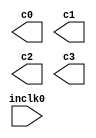
// megafunction wizard: %ALTPLL%VBB%
// GENERATION: STANDARD
// VERSION: WM1.0
// MODULE: altpll 

// ============================================================
// Megafunction Name(s):
// 			altpll
//
// Simulation Library Files(s):
// 			altera_mf
// ============================================================
// ************************************************************
// THIS IS A WIZARD-GENERATED FILE. DO NOT EDIT THIS FILE!
//
// 9.0 Build 132 02/25/2009 SJ Full Version
// ************************************************************

//Copyright (C) 1991-2009 Altera Corporation
//Your use of Altera Corporation's design tools, logic functions 
//and other software and tools, and its AMPP partner logic 
//functions, and any output files from any of the foregoing 
//(including device programming or simulation files), and any 
//associated documentation or information are expressly subject 
//to the terms and conditions of the Altera Program License 
//Subscription Agreement, Altera MegaCore Function License 
//Agreement, or other applicable license agreement, including, 
//without limitation, that your use is for the sole purpose of 
//programming logic devices manufactured by Altera and sold by 
//Altera or its authorized distributors.  Please refer to the 
//applicable agreement for further details.

module PLL_SYS (
	inclk0,
	c0,
	c1,
	c2,
	c3);

	input	  inclk0;
	output	  c0;
	output	  c1;
	output	  c2;
	output	  c3;

endmodule

// ============================================================
// CNX file retrieval info
// ============================================================
// Retrieval info: PRIVATE: ACTIVECLK_CHECK STRING "0"
// Retrieval info: PRIVATE: BANDWIDTH STRING "1.000"
// Retrieval info: PRIVATE: BANDWIDTH_FEATURE_ENABLED STRING "1"
// Retrieval info: PRIVATE: BANDWIDTH_FREQ_UNIT STRING "MHz"
// Retrieval info: PRIVATE: BANDWIDTH_PRESET STRING "Low"
// Retrieval info: PRIVATE: BANDWIDTH_USE_AUTO STRING "1"
// Retrieval info: PRIVATE: BANDWIDTH_USE_CUSTOM STRING "0"
// Retrieval info: PRIVATE: BANDWIDTH_USE_PRESET STRING "0"
// Retrieval info: PRIVATE: CLKBAD_SWITCHOVER_CHECK STRING "0"
// Retrieval info: PRIVATE: CLKLOSS_CHECK STRING "0"
// Retrieval info: PRIVATE: CLKSWITCH_CHECK STRING "0"
// Retrieval info: PRIVATE: CNX_NO_COMPENSATE_RADIO STRING "0"
// Retrieval info: PRIVATE: CREATE_CLKBAD_CHECK STRING "0"
// Retrieval info: PRIVATE: CREATE_INCLK1_CHECK STRING "0"
// Retrieval info: PRIVATE: CUR_DEDICATED_CLK STRING "c0"
// Retrieval info: PRIVATE: CUR_FBIN_CLK STRING "c0"
// Retrieval info: PRIVATE: DEVICE_SPEED_GRADE STRING "4"
// Retrieval info: PRIVATE: DIV_FACTOR0 NUMERIC "3"
// Retrieval info: PRIVATE: DIV_FACTOR1 NUMERIC "1"
// Retrieval info: PRIVATE: DIV_FACTOR2 NUMERIC "1"
// Retrieval info: PRIVATE: DIV_FACTOR3 NUMERIC "1"
// Retrieval info: PRIVATE: DUTY_CYCLE0 STRING "50.00000000"
// Retrieval info: PRIVATE: DUTY_CYCLE1 STRING "50.00000000"
// Retrieval info: PRIVATE: DUTY_CYCLE2 STRING "50.00000000"
// Retrieval info: PRIVATE: DUTY_CYCLE3 STRING "50.00000000"
// Retrieval info: PRIVATE: EFF_OUTPUT_FREQ_VALUE0 STRING "100.000000"
// Retrieval info: PRIVATE: EFF_OUTPUT_FREQ_VALUE1 STRING "100.000000"
// Retrieval info: PRIVATE: EFF_OUTPUT_FREQ_VALUE2 STRING "100.000000"
// Retrieval info: PRIVATE: EFF_OUTPUT_FREQ_VALUE3 STRING "100.000000"
// Retrieval info: PRIVATE: EXPLICIT_SWITCHOVER_COUNTER STRING "0"
// Retrieval info: PRIVATE: EXT_FEEDBACK_RADIO STRING "0"
// Retrieval info: PRIVATE: GLOCKED_COUNTER_EDIT_CHANGED STRING "1"
// Retrieval info: PRIVATE: GLOCKED_FEATURE_ENABLED STRING "1"
// Retrieval info: PRIVATE: GLOCKED_MODE_CHECK STRING "0"
// Retrieval info: PRIVATE: GLOCK_COUNTER_EDIT NUMERIC "1048575"
// Retrieval info: PRIVATE: HAS_MANUAL_SWITCHOVER STRING "1"
// Retrieval info: PRIVATE: INCLK0_FREQ_EDIT STRING "50.000"
// Retrieval info: PRIVATE: INCLK0_FREQ_UNIT_COMBO STRING "MHz"
// Retrieval info: PRIVATE: INCLK1_FREQ_EDIT STRING "100.000"
// Retrieval info: PRIVATE: INCLK1_FREQ_EDIT_CHANGED STRING "1"
// Retrieval info: PRIVATE: INCLK1_FREQ_UNIT_CHANGED STRING "1"
// Retrieval info: PRIVATE: INCLK1_FREQ_UNIT_COMBO STRING "MHz"
// Retrieval info: PRIVATE: INTENDED_DEVICE_FAMILY STRING "Stratix II"
// Retrieval info: PRIVATE: INT_FEEDBACK__MODE_RADIO STRING "1"
// Retrieval info: PRIVATE: LOCKED_OUTPUT_CHECK STRING "0"
// Retrieval info: PRIVATE: LONG_SCAN_RADIO STRING "1"
// Retrieval info: PRIVATE: LVDS_MODE_DATA_RATE STRING "150.000"
// Retrieval info: PRIVATE: LVDS_MODE_DATA_RATE_DIRTY NUMERIC "0"
// Retrieval info: PRIVATE: LVDS_PHASE_SHIFT_UNIT0 STRING "deg"
// Retrieval info: PRIVATE: LVDS_PHASE_SHIFT_UNIT1 STRING "ps"
// Retrieval info: PRIVATE: LVDS_PHASE_SHIFT_UNIT2 STRING "ps"
// Retrieval info: PRIVATE: LVDS_PHASE_SHIFT_UNIT3 STRING "ps"
// Retrieval info: PRIVATE: MIG_DEVICE_SPEED_GRADE STRING "Any"
// Retrieval info: PRIVATE: MULT_FACTOR0 NUMERIC "16"
// Retrieval info: PRIVATE: MULT_FACTOR1 NUMERIC "1"
// Retrieval info: PRIVATE: MULT_FACTOR2 NUMERIC "1"
// Retrieval info: PRIVATE: MULT_FACTOR3 NUMERIC "1"
// Retrieval info: PRIVATE: NORMAL_MODE_RADIO STRING "1"
// Retrieval info: PRIVATE: OUTPUT_FREQ0 STRING "100.00000000"
// Retrieval info: PRIVATE: OUTPUT_FREQ1 STRING "100.00000000"
// Retrieval info: PRIVATE: OUTPUT_FREQ2 STRING "100.00000000"
// Retrieval info: PRIVATE: OUTPUT_FREQ3 STRING "100.00000000"
// Retrieval info: PRIVATE: OUTPUT_FREQ_MODE0 STRING "1"
// Retrieval info: PRIVATE: OUTPUT_FREQ_MODE1 STRING "1"
// Retrieval info: PRIVATE: OUTPUT_FREQ_MODE2 STRING "1"
// Retrieval info: PRIVATE: OUTPUT_FREQ_MODE3 STRING "1"
// Retrieval info: PRIVATE: OUTPUT_FREQ_UNIT0 STRING "MHz"
// Retrieval info: PRIVATE: OUTPUT_FREQ_UNIT1 STRING "MHz"
// Retrieval info: PRIVATE: OUTPUT_FREQ_UNIT2 STRING "MHz"
// Retrieval info: PRIVATE: OUTPUT_FREQ_UNIT3 STRING "MHz"
// Retrieval info: PRIVATE: PHASE_RECONFIG_FEATURE_ENABLED STRING "0"
// Retrieval info: PRIVATE: PHASE_RECONFIG_INPUTS_CHECK STRING "0"
// Retrieval info: PRIVATE: PHASE_SHIFT0 STRING "0.00000000"
// Retrieval info: PRIVATE: PHASE_SHIFT1 STRING "0.00000000"
// Retrieval info: PRIVATE: PHASE_SHIFT2 STRING "0.00000000"
// Retrieval info: PRIVATE: PHASE_SHIFT3 STRING "0.00000000"
// Retrieval info: PRIVATE: PHASE_SHIFT_STEP_ENABLED_CHECK STRING "0"
// Retrieval info: PRIVATE: PHASE_SHIFT_UNIT0 STRING "deg"
// Retrieval info: PRIVATE: PHASE_SHIFT_UNIT1 STRING "ps"
// Retrieval info: PRIVATE: PHASE_SHIFT_UNIT2 STRING "ps"
// Retrieval info: PRIVATE: PHASE_SHIFT_UNIT3 STRING "ps"
// Retrieval info: PRIVATE: PLL_ADVANCED_PARAM_CHECK STRING "0"
// Retrieval info: PRIVATE: PLL_ARESET_CHECK STRING "0"
// Retrieval info: PRIVATE: PLL_AUTOPLL_CHECK NUMERIC "0"
// Retrieval info: PRIVATE: PLL_ENA_CHECK STRING "0"
// Retrieval info: PRIVATE: PLL_ENHPLL_CHECK NUMERIC "0"
// Retrieval info: PRIVATE: PLL_FASTPLL_CHECK NUMERIC "1"
// Retrieval info: PRIVATE: PLL_FBMIMIC_CHECK STRING "0"
// Retrieval info: PRIVATE: PLL_LVDS_PLL_CHECK NUMERIC "0"
// Retrieval info: PRIVATE: PLL_PFDENA_CHECK STRING "0"
// Retrieval info: PRIVATE: PLL_TARGET_HARCOPY_CHECK NUMERIC "0"
// Retrieval info: PRIVATE: PRIMARY_CLK_COMBO STRING "inclk0"
// Retrieval info: PRIVATE: RECONFIG_FILE STRING "PLL_SYS.mif"
// Retrieval info: PRIVATE: SACN_INPUTS_CHECK STRING "0"
// Retrieval info: PRIVATE: SCAN_FEATURE_ENABLED STRING "1"
// Retrieval info: PRIVATE: SELF_RESET_LOCK_LOSS STRING "0"
// Retrieval info: PRIVATE: SHORT_SCAN_RADIO STRING "0"
// Retrieval info: PRIVATE: SPREAD_FEATURE_ENABLED STRING "0"
// Retrieval info: PRIVATE: SPREAD_FREQ STRING "50.000"
// Retrieval info: PRIVATE: SPREAD_FREQ_UNIT STRING "KHz"
// Retrieval info: PRIVATE: SPREAD_PERCENT STRING "0.500"
// Retrieval info: PRIVATE: SPREAD_USE STRING "0"
// Retrieval info: PRIVATE: SRC_SYNCH_COMP_RADIO STRING "0"
// Retrieval info: PRIVATE: STICKY_CLK0 STRING "1"
// Retrieval info: PRIVATE: STICKY_CLK1 STRING "1"
// Retrieval info: PRIVATE: STICKY_CLK2 STRING "1"
// Retrieval info: PRIVATE: STICKY_CLK3 STRING "1"
// Retrieval info: PRIVATE: SWITCHOVER_COUNT_EDIT NUMERIC "1"
// Retrieval info: PRIVATE: SWITCHOVER_FEATURE_ENABLED STRING "1"
// Retrieval info: PRIVATE: SYNTH_WRAPPER_GEN_POSTFIX STRING "0"
// Retrieval info: PRIVATE: USE_CLK0 STRING "1"
// Retrieval info: PRIVATE: USE_CLK1 STRING "1"
// Retrieval info: PRIVATE: USE_CLK2 STRING "1"
// Retrieval info: PRIVATE: USE_CLK3 STRING "1"
// Retrieval info: PRIVATE: USE_MIL_SPEED_GRADE NUMERIC "0"
// Retrieval info: PRIVATE: ZERO_DELAY_RADIO STRING "0"
// Retrieval info: LIBRARY: altera_mf altera_mf.altera_mf_components.all
// Retrieval info: CONSTANT: BANDWIDTH_TYPE STRING "AUTO"
// Retrieval info: CONSTANT: CLK0_DIVIDE_BY NUMERIC "1"
// Retrieval info: CONSTANT: CLK0_DUTY_CYCLE NUMERIC "50"
// Retrieval info: CONSTANT: CLK0_MULTIPLY_BY NUMERIC "2"
// Retrieval info: CONSTANT: CLK0_PHASE_SHIFT STRING "0"
// Retrieval info: CONSTANT: CLK1_DIVIDE_BY NUMERIC "1"
// Retrieval info: CONSTANT: CLK1_DUTY_CYCLE NUMERIC "50"
// Retrieval info: CONSTANT: CLK1_MULTIPLY_BY NUMERIC "2"
// Retrieval info: CONSTANT: CLK1_PHASE_SHIFT STRING "0"
// Retrieval info: CONSTANT: CLK2_DIVIDE_BY NUMERIC "1"
// Retrieval info: CONSTANT: CLK2_DUTY_CYCLE NUMERIC "50"
// Retrieval info: CONSTANT: CLK2_MULTIPLY_BY NUMERIC "2"
// Retrieval info: CONSTANT: CLK2_PHASE_SHIFT STRING "0"
// Retrieval info: CONSTANT: CLK3_DIVIDE_BY NUMERIC "1"
// Retrieval info: CONSTANT: CLK3_DUTY_CYCLE NUMERIC "50"
// Retrieval info: CONSTANT: CLK3_MULTIPLY_BY NUMERIC "2"
// Retrieval info: CONSTANT: CLK3_PHASE_SHIFT STRING "0"
// Retrieval info: CONSTANT: COMPENSATE_CLOCK STRING "CLK0"
// Retrieval info: CONSTANT: INCLK0_INPUT_FREQUENCY NUMERIC "20000"
// Retrieval info: CONSTANT: INTENDED_DEVICE_FAMILY STRING "Stratix II"
// Retrieval info: CONSTANT: LPM_TYPE STRING "altpll"
// Retrieval info: CONSTANT: OPERATION_MODE STRING "NORMAL"
// Retrieval info: CONSTANT: PLL_TYPE STRING "Fast"
// Retrieval info: CONSTANT: PORT_ACTIVECLOCK STRING "PORT_UNUSED"
// Retrieval info: CONSTANT: PORT_ARESET STRING "PORT_UNUSED"
// Retrieval info: CONSTANT: PORT_CLKBAD0 STRING "PORT_UNUSED"
// Retrieval info: CONSTANT: PORT_CLKBAD1 STRING "PORT_UNUSED"
// Retrieval info: CONSTANT: PORT_CLKLOSS STRING "PORT_UNUSED"
// Retrieval info: CONSTANT: PORT_CLKSWITCH STRING "PORT_UNUSED"
// Retrieval info: CONSTANT: PORT_CONFIGUPDATE STRING "PORT_UNUSED"
// Retrieval info: CONSTANT: PORT_FBIN STRING "PORT_UNUSED"
// Retrieval info: CONSTANT: PORT_INCLK0 STRING "PORT_USED"
// Retrieval info: CONSTANT: PORT_INCLK1 STRING "PORT_UNUSED"
// Retrieval info: CONSTANT: PORT_LOCKED STRING "PORT_UNUSED"
// Retrieval info: CONSTANT: PORT_PFDENA STRING "PORT_UNUSED"
// Retrieval info: CONSTANT: PORT_PHASECOUNTERSELECT STRING "PORT_UNUSED"
// Retrieval info: CONSTANT: PORT_PHASEDONE STRING "PORT_UNUSED"
// Retrieval info: CONSTANT: PORT_PHASESTEP STRING "PORT_UNUSED"
// Retrieval info: CONSTANT: PORT_PHASEUPDOWN STRING "PORT_UNUSED"
// Retrieval info: CONSTANT: PORT_PLLENA STRING "PORT_UNUSED"
// Retrieval info: CONSTANT: PORT_SCANACLR STRING "PORT_UNUSED"
// Retrieval info: CONSTANT: PORT_SCANCLK STRING "PORT_UNUSED"
// Retrieval info: CONSTANT: PORT_SCANCLKENA STRING "PORT_UNUSED"
// Retrieval info: CONSTANT: PORT_SCANDATA STRING "PORT_UNUSED"
// Retrieval info: CONSTANT: PORT_SCANDATAOUT STRING "PORT_UNUSED"
// Retrieval info: CONSTANT: PORT_SCANDONE STRING "PORT_UNUSED"
// Retrieval info: CONSTANT: PORT_SCANREAD STRING "PORT_UNUSED"
// Retrieval info: CONSTANT: PORT_SCANWRITE STRING "PORT_UNUSED"
// Retrieval info: CONSTANT: PORT_clk0 STRING "PORT_USED"
// Retrieval info: CONSTANT: PORT_clk1 STRING "PORT_USED"
// Retrieval info: CONSTANT: PORT_clk2 STRING "PORT_USED"
// Retrieval info: CONSTANT: PORT_clk3 STRING "PORT_USED"
// Retrieval info: CONSTANT: PORT_clk4 STRING "PORT_UNUSED"
// Retrieval info: CONSTANT: PORT_clk5 STRING "PORT_UNUSED"
// Retrieval info: CONSTANT: PORT_clkena0 STRING "PORT_UNUSED"
// Retrieval info: CONSTANT: PORT_clkena1 STRING "PORT_UNUSED"
// Retrieval info: CONSTANT: PORT_clkena2 STRING "PORT_UNUSED"
// Retrieval info: CONSTANT: PORT_clkena3 STRING "PORT_UNUSED"
// Retrieval info: CONSTANT: PORT_clkena4 STRING "PORT_UNUSED"
// Retrieval info: CONSTANT: PORT_clkena5 STRING "PORT_UNUSED"
// Retrieval info: CONSTANT: PORT_enable0 STRING "PORT_UNUSED"
// Retrieval info: CONSTANT: PORT_enable1 STRING "PORT_UNUSED"
// Retrieval info: CONSTANT: PORT_extclk0 STRING "PORT_UNUSED"
// Retrieval info: CONSTANT: PORT_extclk1 STRING "PORT_UNUSED"
// Retrieval info: CONSTANT: PORT_extclk2 STRING "PORT_UNUSED"
// Retrieval info: CONSTANT: PORT_extclk3 STRING "PORT_UNUSED"
// Retrieval info: CONSTANT: PORT_sclkout0 STRING "PORT_UNUSED"
// Retrieval info: CONSTANT: PORT_sclkout1 STRING "PORT_UNUSED"
// Retrieval info: USED_PORT: @clk 0 0 6 0 OUTPUT_CLK_EXT VCC "@clk[5..0]"
// Retrieval info: USED_PORT: @extclk 0 0 4 0 OUTPUT_CLK_EXT VCC "@extclk[3..0]"
// Retrieval info: USED_PORT: c0 0 0 0 0 OUTPUT_CLK_EXT VCC "c0"
// Retrieval info: USED_PORT: c1 0 0 0 0 OUTPUT_CLK_EXT VCC "c1"
// Retrieval info: USED_PORT: c2 0 0 0 0 OUTPUT_CLK_EXT VCC "c2"
// Retrieval info: USED_PORT: c3 0 0 0 0 OUTPUT_CLK_EXT VCC "c3"
// Retrieval info: USED_PORT: inclk0 0 0 0 0 INPUT_CLK_EXT GND "inclk0"
// Retrieval info: CONNECT: @inclk 0 0 1 0 inclk0 0 0 0 0
// Retrieval info: CONNECT: c0 0 0 0 0 @clk 0 0 1 0
// Retrieval info: CONNECT: c1 0 0 0 0 @clk 0 0 1 1
// Retrieval info: CONNECT: c3 0 0 0 0 @clk 0 0 1 3
// Retrieval info: CONNECT: c2 0 0 0 0 @clk 0 0 1 2
// Retrieval info: CONNECT: @inclk 0 0 1 1 GND 0 0 0 0
// Retrieval info: GEN_FILE: TYPE_NORMAL PLL_SYS.v TRUE
// Retrieval info: GEN_FILE: TYPE_NORMAL PLL_SYS.ppf TRUE
// Retrieval info: GEN_FILE: TYPE_NORMAL PLL_SYS.inc FALSE
// Retrieval info: GEN_FILE: TYPE_NORMAL PLL_SYS.cmp FALSE
// Retrieval info: GEN_FILE: TYPE_NORMAL PLL_SYS.bsf TRUE FALSE
// Retrieval info: GEN_FILE: TYPE_NORMAL PLL_SYS_inst.v TRUE
// Retrieval info: GEN_FILE: TYPE_NORMAL PLL_SYS_bb.v TRUE
// Retrieval info: GEN_FILE: TYPE_NORMAL PLL_SYS_waveforms.html TRUE
// Retrieval info: GEN_FILE: TYPE_NORMAL PLL_SYS_wave*.jpg FALSE
// Retrieval info: LIB_FILE: altera_mf
// Retrieval info: CBX_MODULE_PREFIX: ON